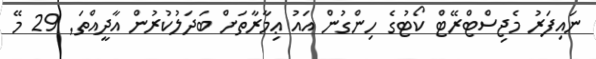
ނައިފަރު މެޖިސްޓްރޭޓް ކޯޓުގެ ހިންގުން އައު ޢިމާރާތަށް ބަދަލުކުރުން އާދީއްތަ